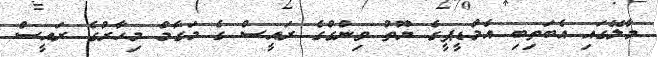
މާލޭގައި އެބަތިބި އެމްޑީޕީގެ ޔޫތު ވިންގްގެ ރައީސް ގެ މަގާމް މިހާރުގެ ރައީސް